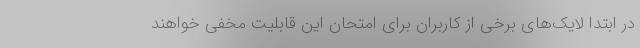
در ابتدا لایک‌های برخی از کاربران برای امتحان این قابلیت مخفی خواهند